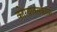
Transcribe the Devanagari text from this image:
कोरयाक्सकाया